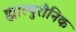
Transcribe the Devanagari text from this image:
ह्याल्युरोनिक